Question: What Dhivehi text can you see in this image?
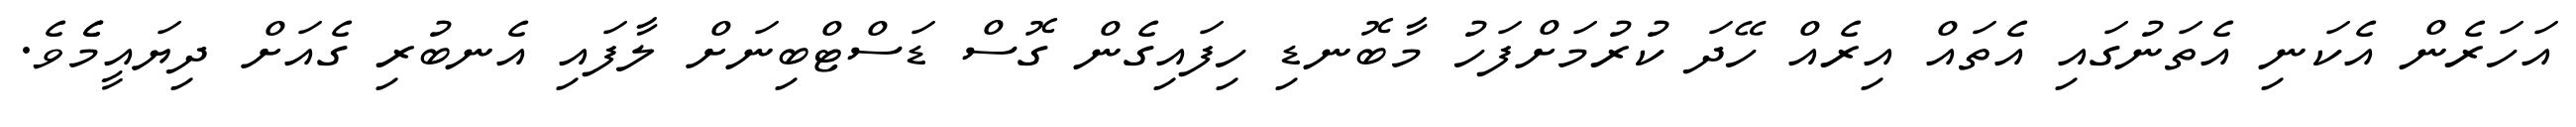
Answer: އަހަރެން އެކަނި އެތަނުގައި އެތައް އިރެއް ހޭދަ ކުރުމަށްފަހު މާބޮނޑި ހިފައިގެން ގޮސް ޑަސްޓްބިނަށް ލާފައި އެނބުރި ގެއަށް ދިޔައީމެެވެ.